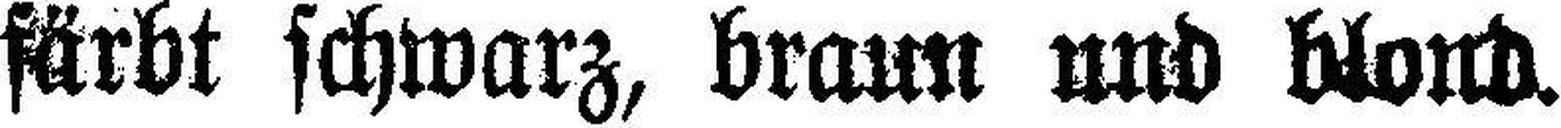
färbt schwarz, braun und blond.